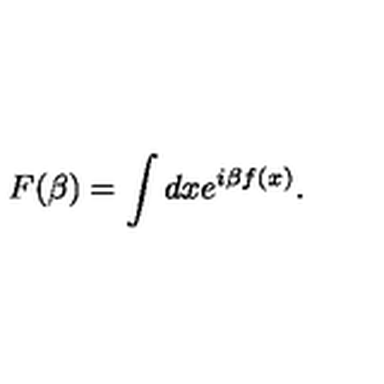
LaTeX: F ( \beta ) = \int d x e ^ { i \beta f ( x ) } .